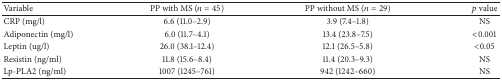
<table><thead><tr><td><b>Variable</b></td><td><b>PP with MS (<i>n</i> = 45)</b></td><td><b>PP without MS (<i>n</i> = 29)</b></td><td><b><i>p</i> value</b></td></tr></thead><tbody><tr><td>CRP (mg/l)</td><td>6.6 (11.0–2.9)</td><td>3.9 (7.4–1.8)</td><td>NS</td></tr><tr><td>Adiponectin (mg/l)</td><td>6.0 (11.7–4.1)</td><td>13.4 (23.8–7.5)</td><td>&lt;0.001</td></tr><tr><td>Leptin (ug/l)</td><td>26.0 (38.1–12.4)</td><td>12.1 (26.5–5.8)</td><td>&lt;0.05</td></tr><tr><td>Resistin (ng/ml)</td><td>11.8 (15.6–8.4)</td><td>11.4 (20.3–9.3)</td><td>NS</td></tr><tr><td>Lp-PLA2 (ng/ml)</td><td>1007 (1245–761)</td><td>942 (1242–660)</td><td>NS</td></tr></tbody></table>